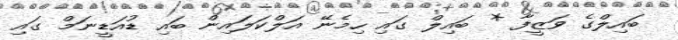
ބައިލްގެ ވަޒީފާ * ބައިލް ގައި ހިމެނޭ އަލްކަަލައިން ބައި ޑުއަޑީނަމް ގައި